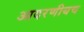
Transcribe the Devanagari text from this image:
आदरणीयच